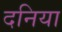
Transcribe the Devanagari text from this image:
दनिया